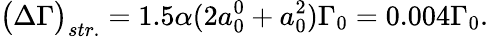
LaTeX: \big(\Delta\Gamma\big)_{str.}=1.5\alpha(2a_{0}^{0}+a_{0}^{2})\Gamma_{0}=0.004\Gamma_{0}.